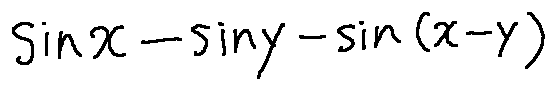
\sin x - \sin y - \sin ( x - y )